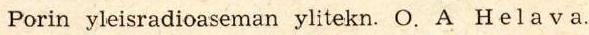
Porin yleisradioaseman ylitekn. O. A  H e l a v a.